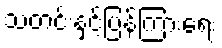
သတင်းနှင့်ပြန်ကြားရေး